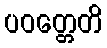
ပဝတ္တေတိ